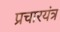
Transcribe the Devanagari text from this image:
प्रचारयंत्र